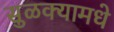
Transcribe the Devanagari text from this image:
सुळक्यामधे